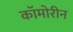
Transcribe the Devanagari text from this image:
कॉमोरीन